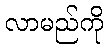
လာမည်ကို